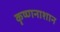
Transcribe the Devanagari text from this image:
कृष्णनाशान